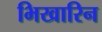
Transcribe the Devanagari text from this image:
भिखारिन